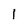
Character: 1